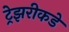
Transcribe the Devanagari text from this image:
ट्रेझरीकडे